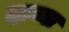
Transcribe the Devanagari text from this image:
दाव्या